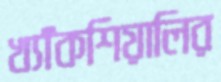
খ্যাঁকশিয়ালির